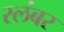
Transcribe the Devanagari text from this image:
स्लंबर